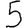
Digit: 5